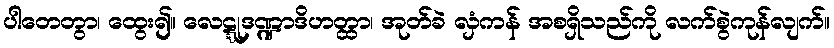
ပါတေတွာ၊ ထွေး၍။ လေဋ္ဋုဒဏ္ဍာဒိဟတ္ထာ၊ အုတ်ခဲ လှံကန် အစရှိသည်ကို လက်စွဲကုန်လျက်။